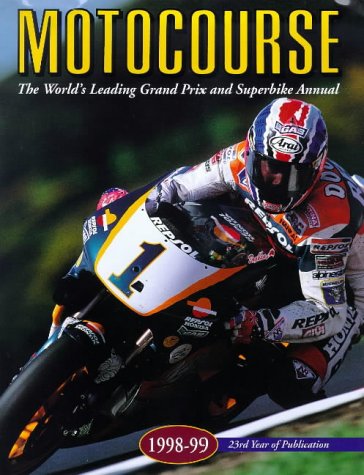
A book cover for Motocourse 1998-99: The World's Leading Grand Prix & Superbike Annual; Engineering & Transportation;